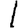
Digit: 1